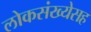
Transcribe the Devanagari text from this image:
लोकसंख्येसह